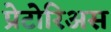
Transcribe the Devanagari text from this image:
प्रेटोरिअस